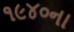
૧૯૪૦ના